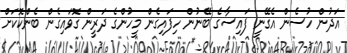
އަދުން ހުސެން އެގޭނީ ފައިސާގެ ބޭނުން ހިފައިގެން މީހުންގެ ދަރީން ގޮވައިގެން ބެންކޮކަށް